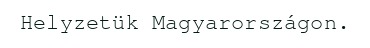
Helyzetük Magyarországon.